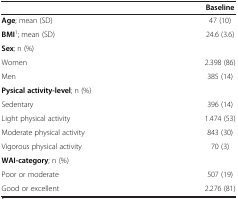
<table><thead><tr><td><b> </b></td><td><b>Baseline</b></td></tr></thead><tbody><tr><td><b>Age</b>; mean (SD)</td><td>47 (10)</td></tr><tr><td><b>BMI</b><sup>1</sup>; mean (SD)</td><td>24.6 (3.6)</td></tr><tr><td><b>Sex</b>; n (%)</td><td> </td></tr><tr><td>Women</td><td>2.398 (86)</td></tr><tr><td>Men</td><td>385 (14)</td></tr><tr><td><b>Pysical activity-level</b>; n (%)</td><td> </td></tr><tr><td>Sedentary</td><td>396 (14)</td></tr><tr><td>Light physical activity</td><td>1.474 (53)</td></tr><tr><td>Moderate physical activity</td><td>843 (30)</td></tr><tr><td>Vigorous physical activity</td><td>70 (3)</td></tr><tr><td><b>WAI-category</b>; n (%)</td><td> </td></tr><tr><td>Poor or moderate</td><td>507 (19)</td></tr><tr><td>Good or excellent</td><td>2.276 (81)</td></tr></tbody></table>